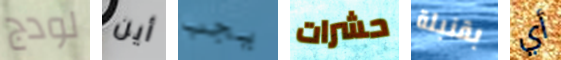
لودج أين يجب حشرات بقنبلة أي